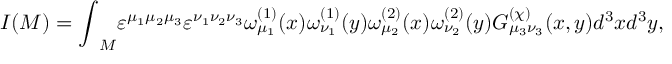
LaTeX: I ( { \cal M } ) = { \int } _ { \cal M } { \varepsilon } ^ { { \mu } _ { 1 } { \mu } _ { 2 } { \mu } _ { 3 } } { \varepsilon } ^ { { \nu } _ { 1 } { \nu } _ { 2 } { \nu } _ { 3 } } { \omega } _ { { \mu } _ { 1 } } ^ { ( 1 ) } ( x ) { \omega } _ { { \nu } _ { 1 } } ^ { ( 1 ) } ( y ) { \omega } _ { { \mu } _ { 2 } } ^ { ( 2 ) } ( x ) { \omega } _ { { \nu } _ { 2 } } ^ { ( 2 ) } ( y ) G _ { { \mu } _ { 3 } { \nu } _ { 3 } } ^ { ( \chi ) } ( x , y ) d ^ { 3 } x d ^ { 3 } y ,